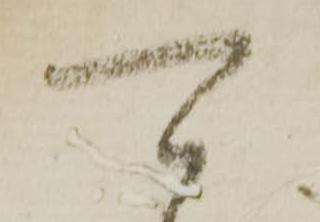
可